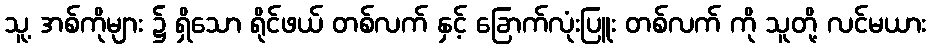
သူ့ အစ်ကိုများ ၌ ရှိသော ရိုင်ဖယ် တစ်လက် နှင့် ခြောက်လုံးပြူး တစ်လက် ကို သူတို့ လင်မယား